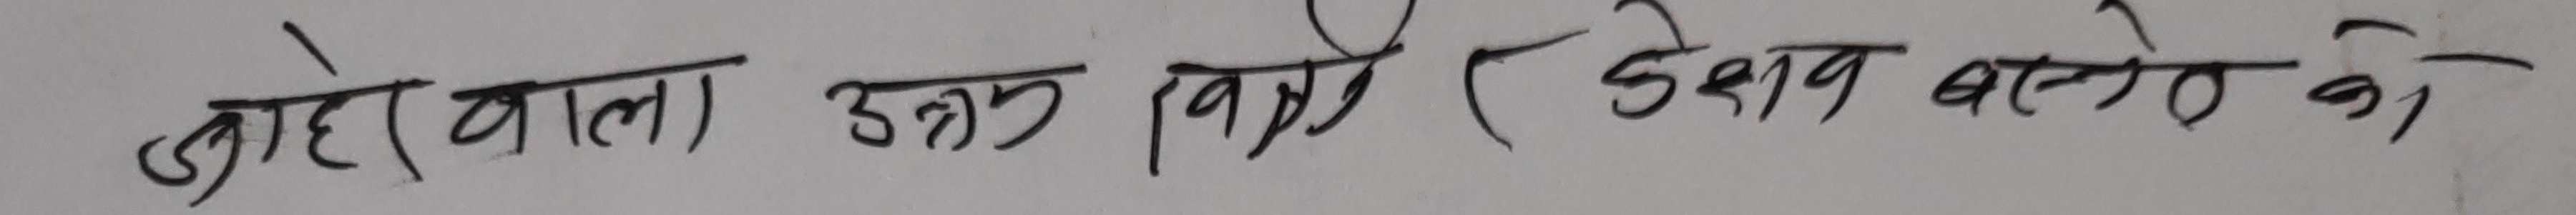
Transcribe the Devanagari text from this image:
जुहेर वाला उक्त विज्ञ र देश बस्ते को।